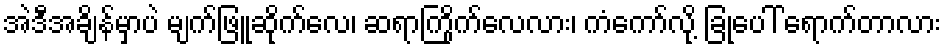
အဲဒီအချိန်မှာပဲ မျက်ဖြူဆိုက်လေ၊ ဆရာကြိုက်လေလား၊ ကံကော်လို့ ခြုံပေါ် ရောက်တာလား